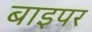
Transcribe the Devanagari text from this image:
बाइपर